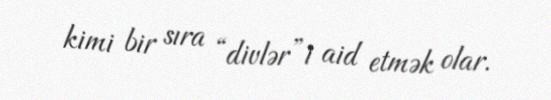
kimi bir sıra “divlər”i aid etmək olar.